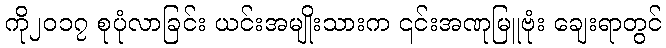
ကို၂၀၁၇ စုပုံလာခြင်း ယင်းအမျိုးသားက ၎င်းအဏုမြူဗုံး ချေးရာတွင်